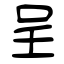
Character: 呈